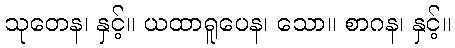
သုတေန၊ နှင့်။ ယထာရူပေန၊ သော။ စာဂန၊ နှင့်။